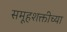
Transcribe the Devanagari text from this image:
समूहशक्तीच्या